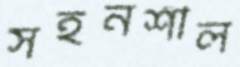
সহনশীল